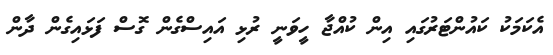
އެކަމަކު ކައުންޓަރުގައި އިން ކުއްޖާ ހީވަނީ ރުޅި އައިސްގެން ގޮސް ފަޅައިގެން ދާން